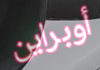
أوبراين